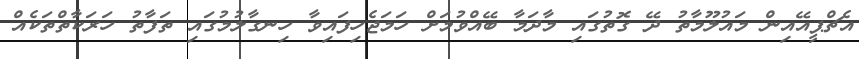
އެޗްޕީއޭއިން މައުލޫމާތު ދޭ ގޮތުގައި މާދަމާ ބޭއްވުމަށް ހަމަޖެހިފައިވާ ހިނގާލުމުގައި ތަފާތު ހަރަކާތްތަކެއް